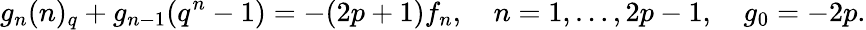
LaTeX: g_{n}(n)_{q}+g_{n-1}(q^{n}-1)=-(2p+1)f_{n},\quad n=1,\ldots,2p-1,\quad g_{0}=-2p.